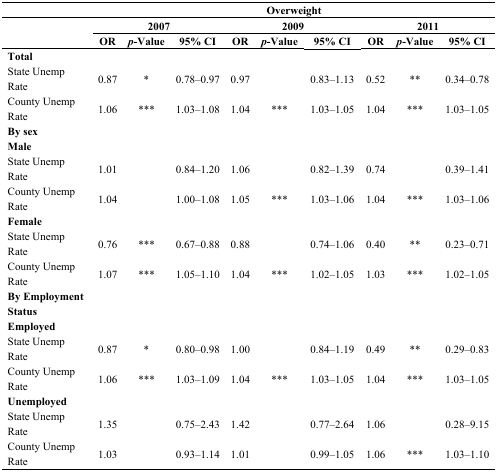
|  | <COLSPAN=9> Overweight |
 |  | <COLSPAN=3> 2007 | <COLSPAN=3> 2009 | <COLSPAN=3> 2011 |
 |  | OR | p-Value | 95% CI | OR | p-Value | 95% CI | OR | p-Value | 95% CI |
 | --- | --- | --- | --- | --- | --- | --- | --- | --- | --- |
 | Total |  |  |  |  |  |  |  |  |  |
 | State Unemp Rate | 0.87 | * | 0.78–0.97 | 0.97 |  | 0.83–1.13 | 0.52 | ** | 0.34–0.78 |
 | County Unemp Rate | 1.06 | *** | 1.03–1.08 | 1.04 | *** | 1.03–1.05 | 1.04 | *** | 1.03–1.05 |
 | By sex |  |  |  |  |  |  |  |  |  |
 | Male |  |  |  |  |  |  |  |  |  |
 | State Unemp Rate | 1.01 |  | 0.84–1.20 | 1.06 |  | 0.82–1.39 | 0.74 |  | 0.39–1.41 |
 | County Unemp Rate | 1.04 |  | 1.00–1.08 | 1.05 | *** | 1.03–1.06 | 1.04 | *** | 1.03–1.06 |
 | Female |  |  |  |  |  |  |  |  |  |
 | State Unemp Rate | 0.76 | *** | 0.67–0.88 | 0.88 |  | 0.74–1.06 | 0.40 | ** | 0.23–0.71 |
 | County Unemp Rate | 1.07 | *** | 1.05–1.10 | 1.04 | *** | 1.02–1.05 | 1.03 | *** | 1.02–1.05 |
 | By Employment Status |  |  |  |  |  |  |  |  |  |
 | Employed |  |  |  |  |  |  |  |  |  |
 | State Unemp Rate | 0.87 | * | 0.80–0.98 | 1.00 |  | 0.84–1.19 | 0.49 | ** | 0.29–0.83 |
 | County Unemp Rate | 1.06 | *** | 1.03–1.09 | 1.04 | *** | 1.03–1.05 | 1.04 | *** | 1.03–1.05 |
 | Unemployed |  |  |  |  |  |  |  |  |  |
 | State Unemp Rate | 1.35 |  | 0.75–2.43 | 1.42 |  | 0.77–2.64 | 1.06 |  | 0.28–9.15 |
 | County Unemp Rate | 1.03 |  | 0.93–1.14 | 1.01 |  | 0.99–1.05 | 1.06 | *** | 1.03–1.10 |